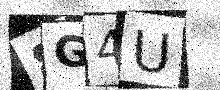
Text: 8G4U